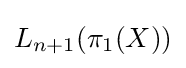
L_{n+1}(\pi _{1}(X))